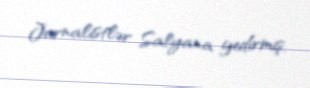
Jurnalistlər Salyana gedirmiş.